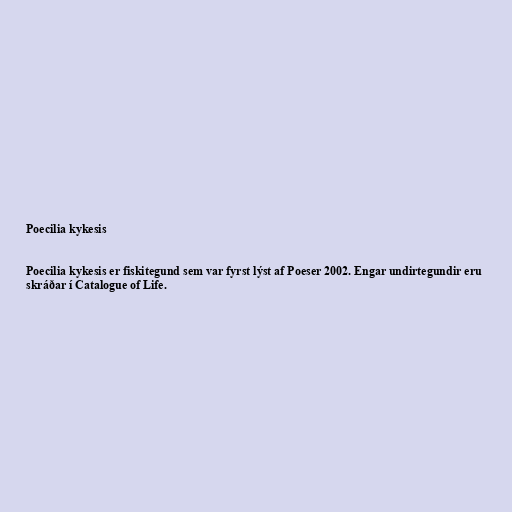
Poecilia kykesis

Poecilia kykesis er fiskitegund sem var fyrst lýst af Poeser 2002. Engar undirtegundir eru
skráðar í Catalogue of Life.